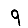
Digit: 9